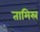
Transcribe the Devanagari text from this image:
तामिस्र